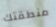
منطقتك